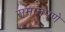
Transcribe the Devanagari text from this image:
समानपणे